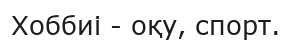
Хоббиі - оқу, спорт.